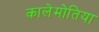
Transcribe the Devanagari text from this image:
कालेमोतिया